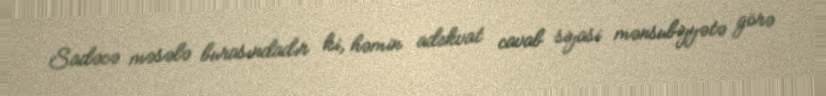
Sadəcə məsələ burasındadır ki, həmin adekvat cavab siyasi mənsubiyyətə görə